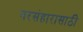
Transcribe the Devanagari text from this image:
नरसंहारासाठी